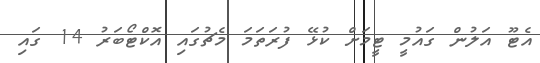
އެޓޫ އަލުން ގައުމީ ޓީމަށް ކުޅޭ ފުރަތަމަ މެޗުގައި އޮކްޓޯބަރު 14 ގައި